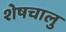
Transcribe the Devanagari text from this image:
शेषचालु